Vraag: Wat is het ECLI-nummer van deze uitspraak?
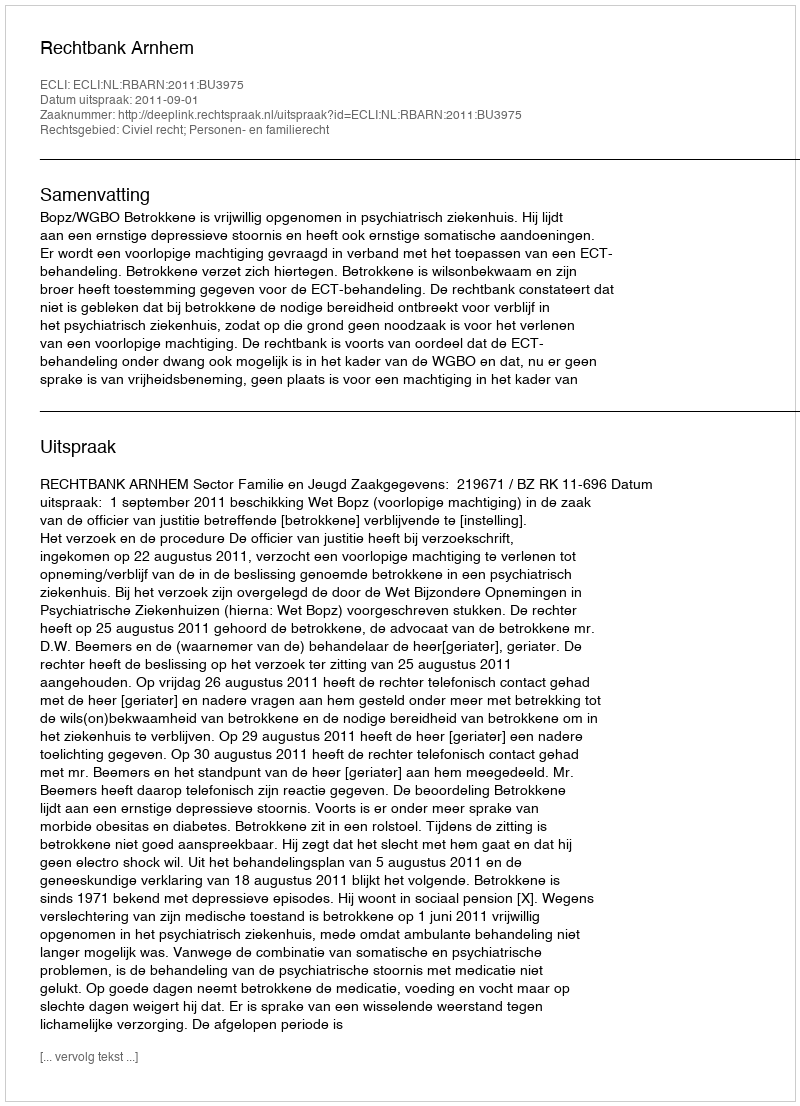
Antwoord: ECLI:NL:RBARN:2011:BU3975